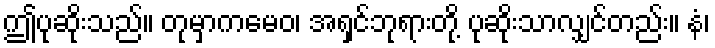
ဤပုဆိုးသည်။ တုမှာကမေဝ၊ အရှင်ဘုရားတို့ ပုဆိုးသာလျှင်တည်း။ နံ၊